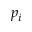
p _ { i }